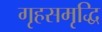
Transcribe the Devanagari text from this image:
गृहसमृद्धि